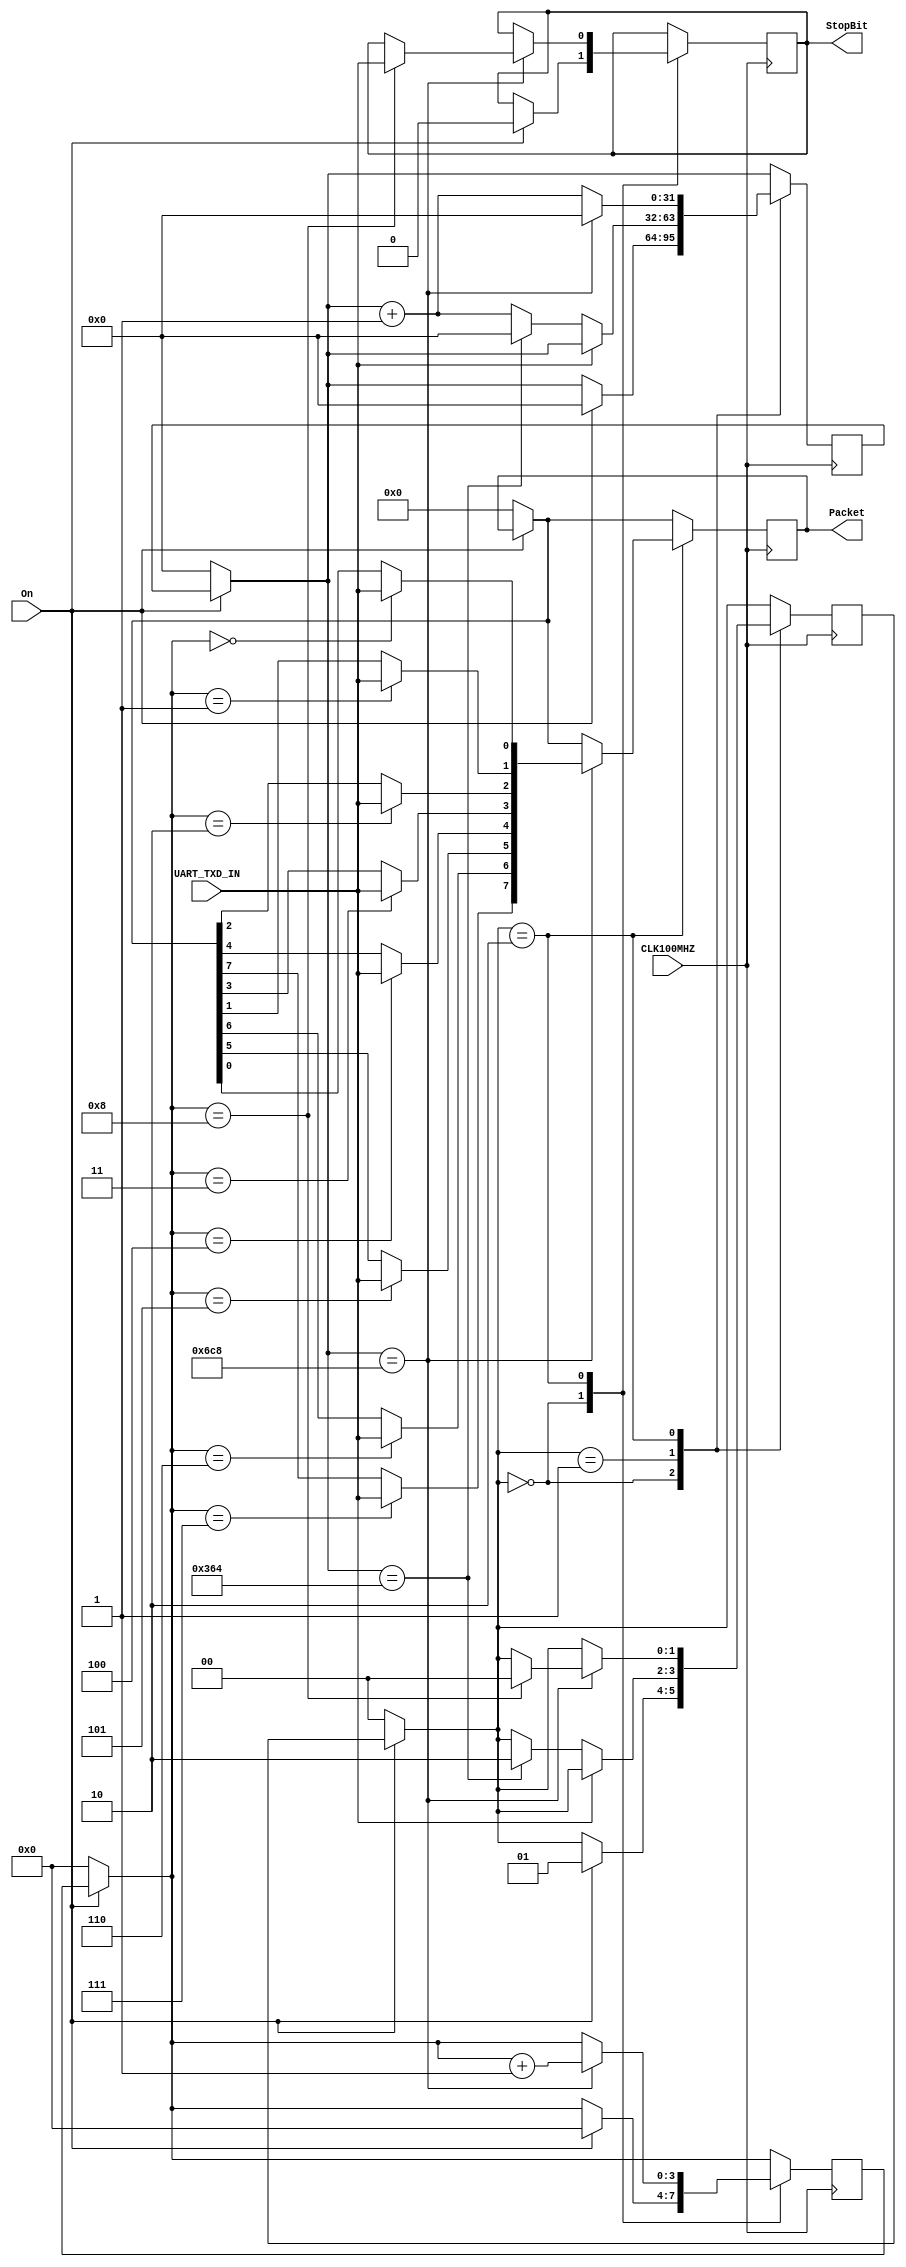
`timescale 1ns / 1ps
//////////////////////////////////////////////////////////////////////////////////
// Company: 
// Engineer: 
// 
// Design Name: 
// Module Name: Receiver
// Project Name: 
// Target Devices: 
// Tool Versions: 
// Description: 
// 
// Dependencies: 
// 
// Revision:
// Revision 0.01 - File Created
// Additional Comments:
// 
//////////////////////////////////////////////////////////////////////////////////


module Receiver(
    input CLK100MHZ,
    input On,
    input UART_TXD_IN,
    output reg [7:0] Packet,
    output reg StopBit
    );
    
    parameter S_idle = 2'b00,
              S_waiting = 2'b01,
              S_listening = 2'b10;
              
    parameter ClkPerBit = 100000000/57600;
    reg [31:0] ClkCounter = 0;
    reg [3:0] BitCounter = 0;
    
    reg [1:0] currentState = S_idle;
    reg [7:0] PacketReg = 0;
    
    always @ (posedge CLK100MHZ) begin
        if (!On) begin
            currentState = S_idle;
            Packet = 0;
            BitCounter = 0;
            ClkCounter = 0;
        end
        case (currentState)
            S_idle: begin 
                if (On) begin
                    currentState = S_waiting;
                    ClkCounter = 0;
                    BitCounter = 0;
                    StopBit = 0;
                end
            end
            S_waiting: begin 
                if (!UART_TXD_IN) begin
                    if (ClkCounter == ClkPerBit/2) begin
                        currentState = S_listening;
                        ClkCounter = 0;
                    end else begin
                        ClkCounter = ClkCounter + 1;
                    end
                end
            end
            S_listening: begin 
                if (ClkCounter == ClkPerBit) begin
                    case (BitCounter)
                        0: Packet[0] = UART_TXD_IN;
                        1: Packet[1] = UART_TXD_IN;
                        2: Packet[2] = UART_TXD_IN;
                        3: Packet[3] = UART_TXD_IN;
                        4: Packet[4] = UART_TXD_IN;
                        5: Packet[5] = UART_TXD_IN;
                        6: Packet[6] = UART_TXD_IN;
                        7: Packet[7] = UART_TXD_IN;
                        8: begin
                            currentState = S_idle;
                            StopBit = UART_TXD_IN;
                        end
                    endcase
                    BitCounter = BitCounter + 1;
                    ClkCounter = 0;
                end else begin
                    ClkCounter = ClkCounter + 1;
                end
            end
        endcase
    end
endmodule